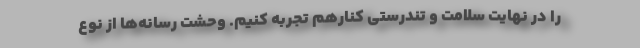
را در نهایت سلامت و تندرستی کنارهم تجربه کنیم. وحشت رسانه‌ها از نوع